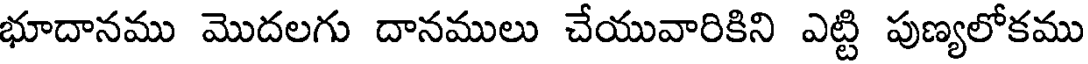
భూదానము మొదలగు దానములు చేయువారికిని ఎట్టి పుణ్యలోకము